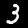
Digit: 3